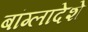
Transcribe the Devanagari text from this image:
बांग्लादेशे